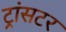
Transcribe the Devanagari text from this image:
ट्रांसटर